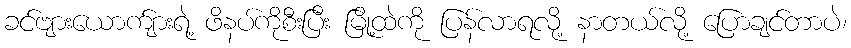
ခင်ဗျားယောက်ျားရဲ့ ဖိနပ်ကိုစီးပြီး မြို့ထဲကို ပြန်လာရလို့ နာတယ်လို့ ပြောချင်တာပဲ၊